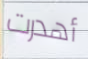
أهدرت